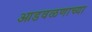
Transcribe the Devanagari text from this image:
आडवळणाच्या